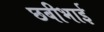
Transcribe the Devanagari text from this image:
छबीभाई